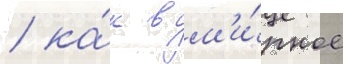
/ ка́к в м'и́рное